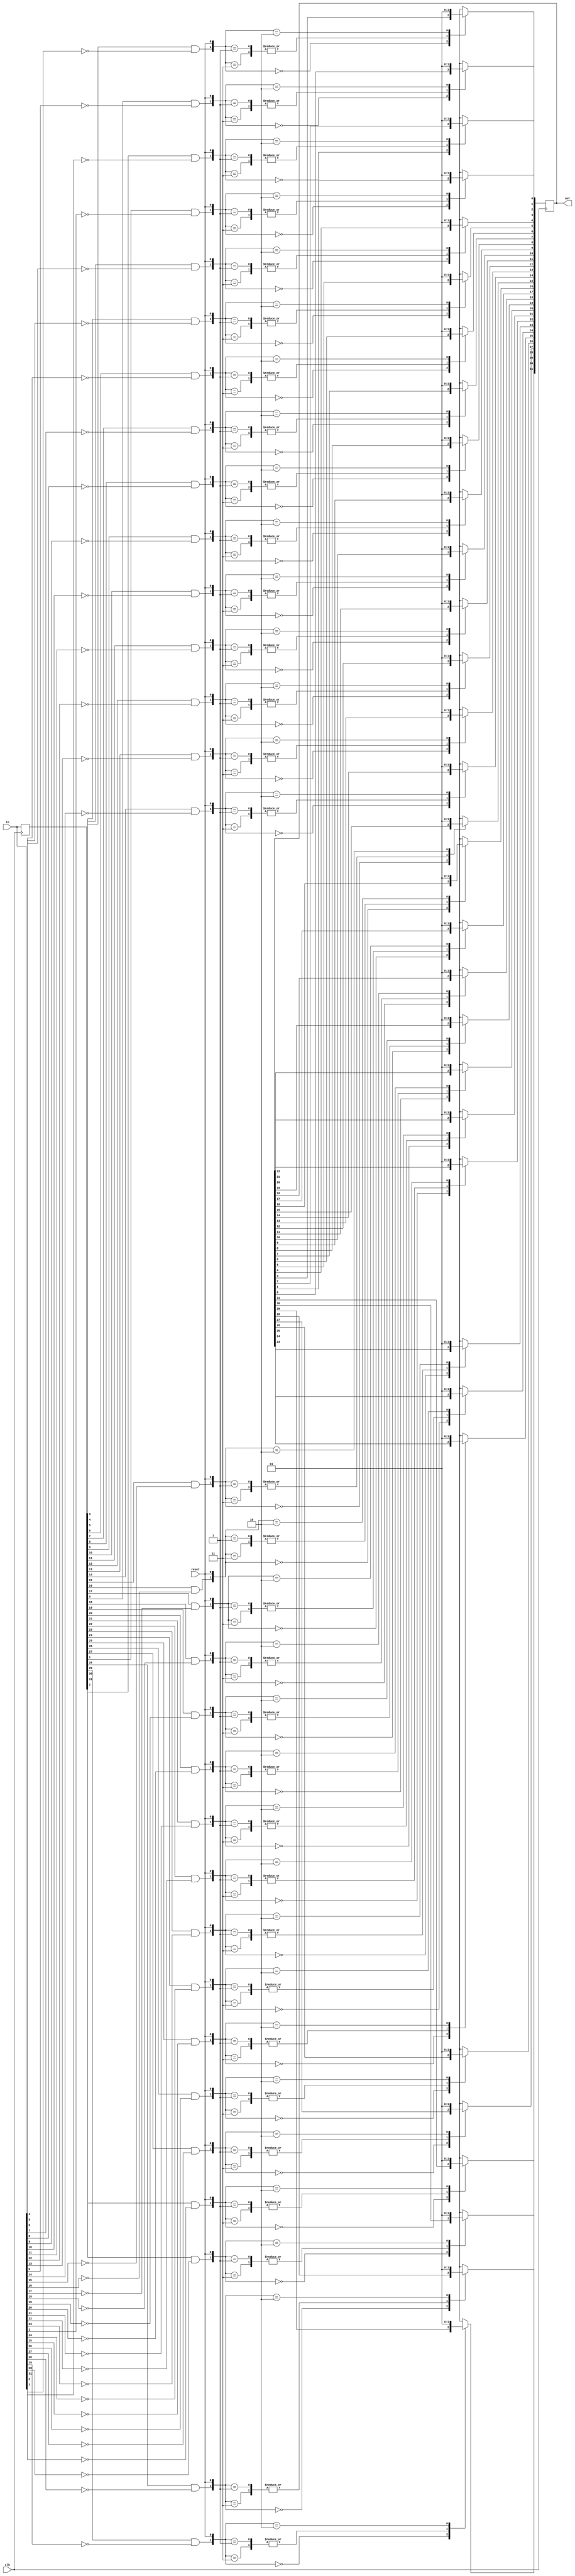
module top_module (
    input clk,
    input reset,
    input [31:0] in,
    output [31:0] out
);
    reg [31:0]data;
    integer i;
    always@(posedge clk)begin // (<=) means synchronous
        data <= in; // store the current input
        for(i = 0;i < 32; i++)begin
            case({data[i] & (~in[i]),reset}) // capture when the input signal changes from 1 in one clock cycle to 0 the next 1 -> 0(data = 1, in = 0)
                2'b00 : out[i] <= out[i];
                2'b01, 2'b11 : out[i] <= 1'b0; // reset
                2'b10 : out[i] <= 1'b1;
            endcase
        end
    end
endmodule